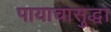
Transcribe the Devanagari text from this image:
पायाचासुद्धा